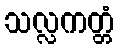
သလ္လကတ္တံ